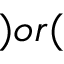
) o r (